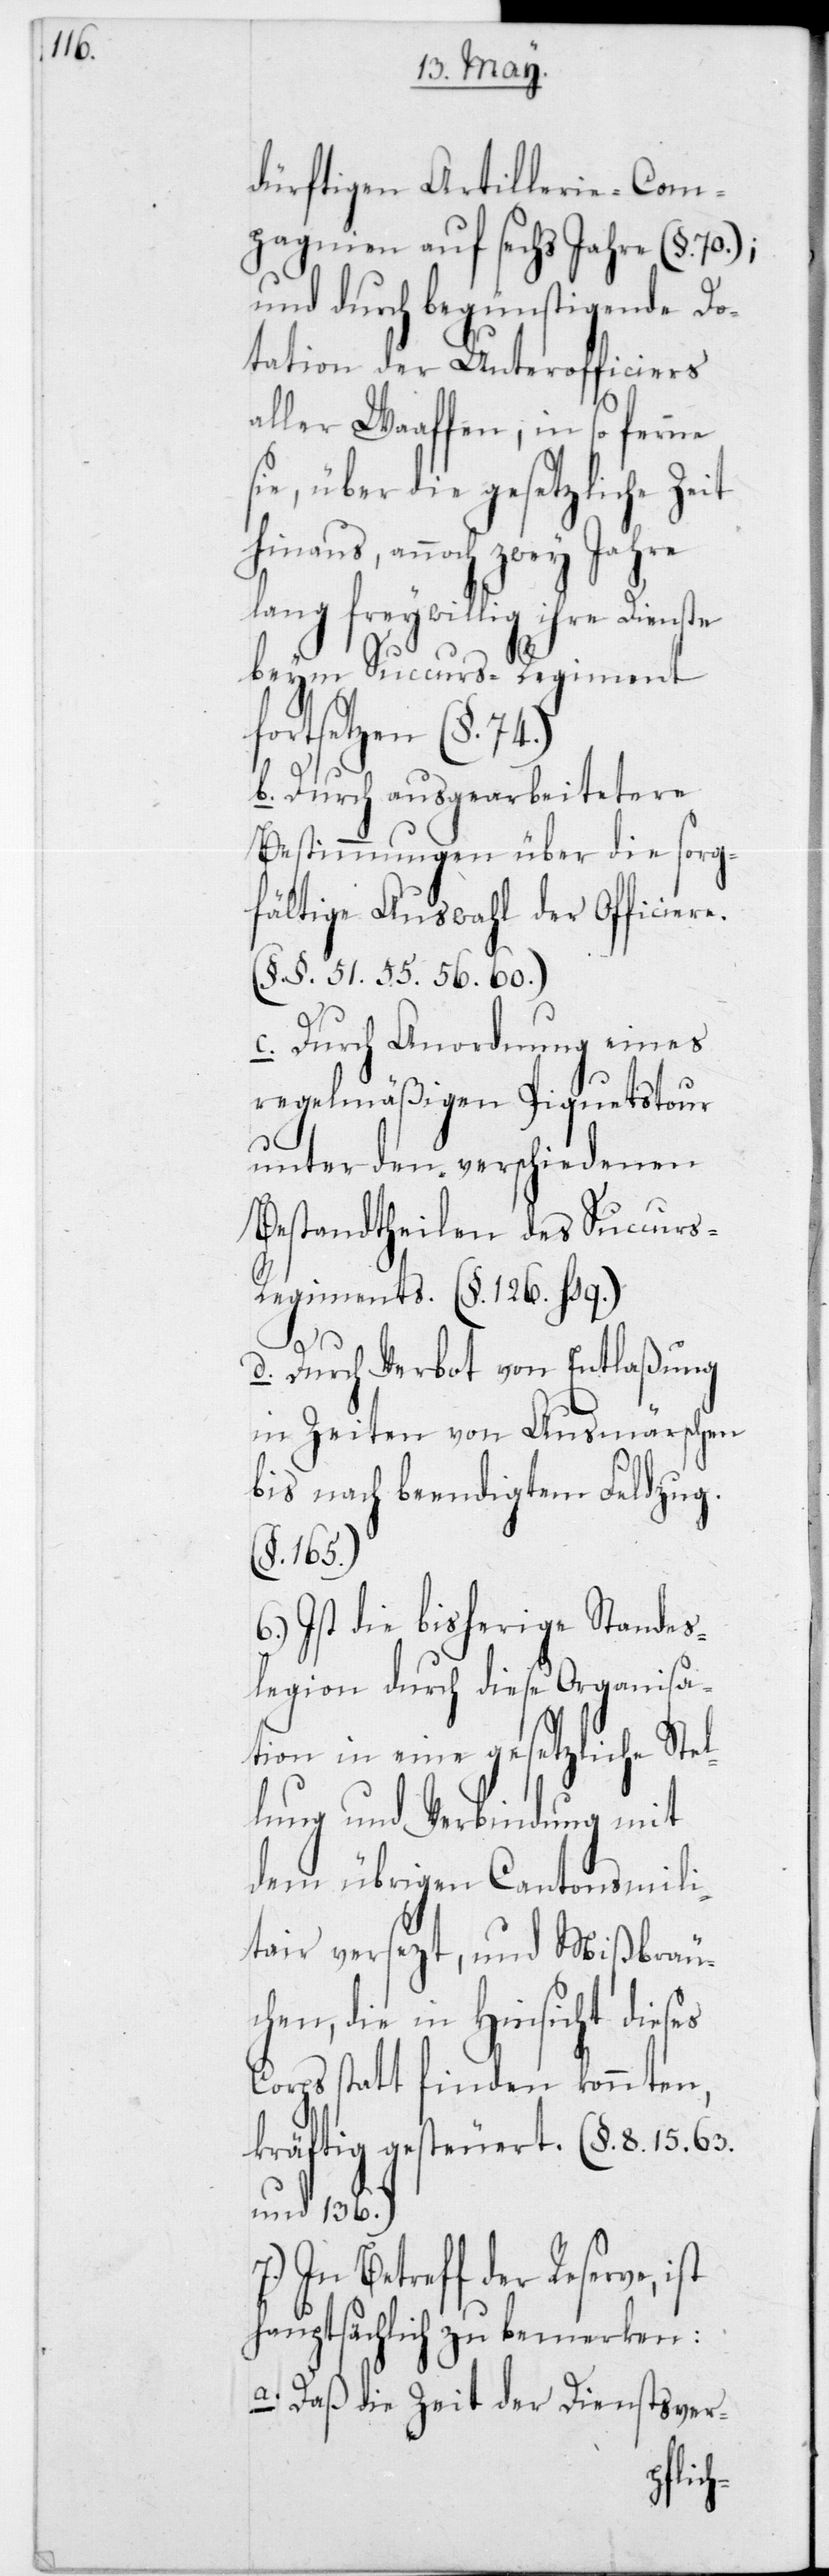
dürftigen Artillerie-Com¬
pagnie auf sechs Jahre (§ 70);
und durch begünstigende Do¬
tation der Unterofficiers
aller Waaffen, in so ferne
sie, über die gesetzliche Zeit
annoch zwey Jahre
lang freywillig ihre Dienste
beim Succurs-Regiment
fortsetzen (§ 74.)
b. Durch ausgearbeitetere
Bestimmungen über die sorg¬
fältige Auswahl der Officiere
(§§ 51, 55, 56, 60.)
c. Durch Anordnung eines
regelmäßigen Piquetstour
unter den verschiedenen
Bestandtheilen des Succur¬
s-Regiments (§ 126 hsq.)
d. Durch Verbot von Entlaßung
in Zeiten von Ausmärschen
bis nach beendigtem Feldzug.
(§ 165.)
6.) Ist die bisherige Standes¬
legion durch diese Organisa¬
tion in eine gesetzliche Stel¬
lung und Verbindung mit
dem übrigen Cantonsmili¬
tar versezt, und Mißbräu¬
chen, die in Hinsicht dieses
Corps stattfinden könnten,
kräftig gesteuert (§ 8, 15, 63
und 136.)
7.) In Betreff der Reserve,
hauptsächlich zu bemerken:
a. Daß die Zeit der Dienstsver-